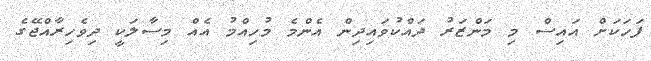
ފަހަކަށް އައިސް މި މަންޒަރު ދައްކުވައިދިން އެންމެ މުހިއްމު އެއް މިސާލަކީ ދިވެހިރާއްޖޭގެ